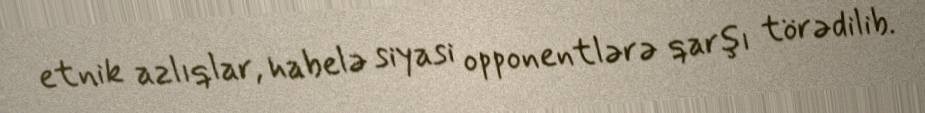
etnik azlıqlar, habelə siyasi opponentlərə qarşı törədilib.